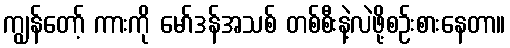
ကျွန်တော့် ကားကို မော်ဒန်အသစ် တစ်စီးနဲ့လဲဖို့စဉ်းစားနေတာ။